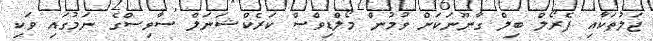
ޖަލުތަކާއި ޕެރޯލް ބިލް ގާނޫނަކަށް ވުމުން މޯލްޑިވްސް ކަރެކްޝަނަލް ސާވިސްގެ ނަމުގައި ވަކި